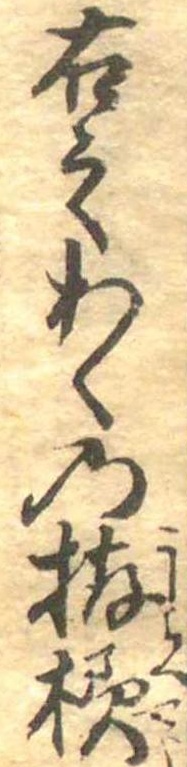
右之あくの拵様